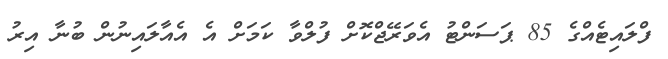
ފްލައިޓެއްގެ 85 ޕަސަންޓު އެވަރޭޖްކޮށް ފުލްވާ ކަމަށް އެ އެއާލައިނުން ބުނާ އިރު